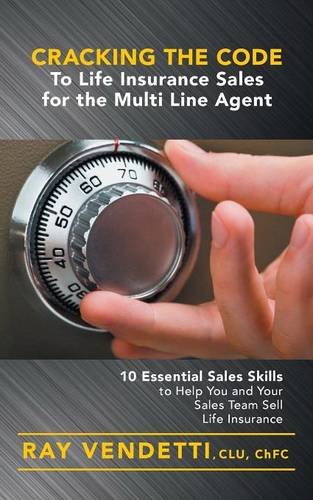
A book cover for Cracking the Code to Life Insurance Sales for the Multi Line Agent; Ray Vendetti; Business & Money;